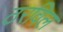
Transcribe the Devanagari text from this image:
ठरविल